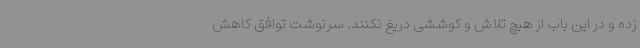
زده و در این باب از هیچ تلاش و کوششی دریغ نکنند. سرنوشت توافق کاهش